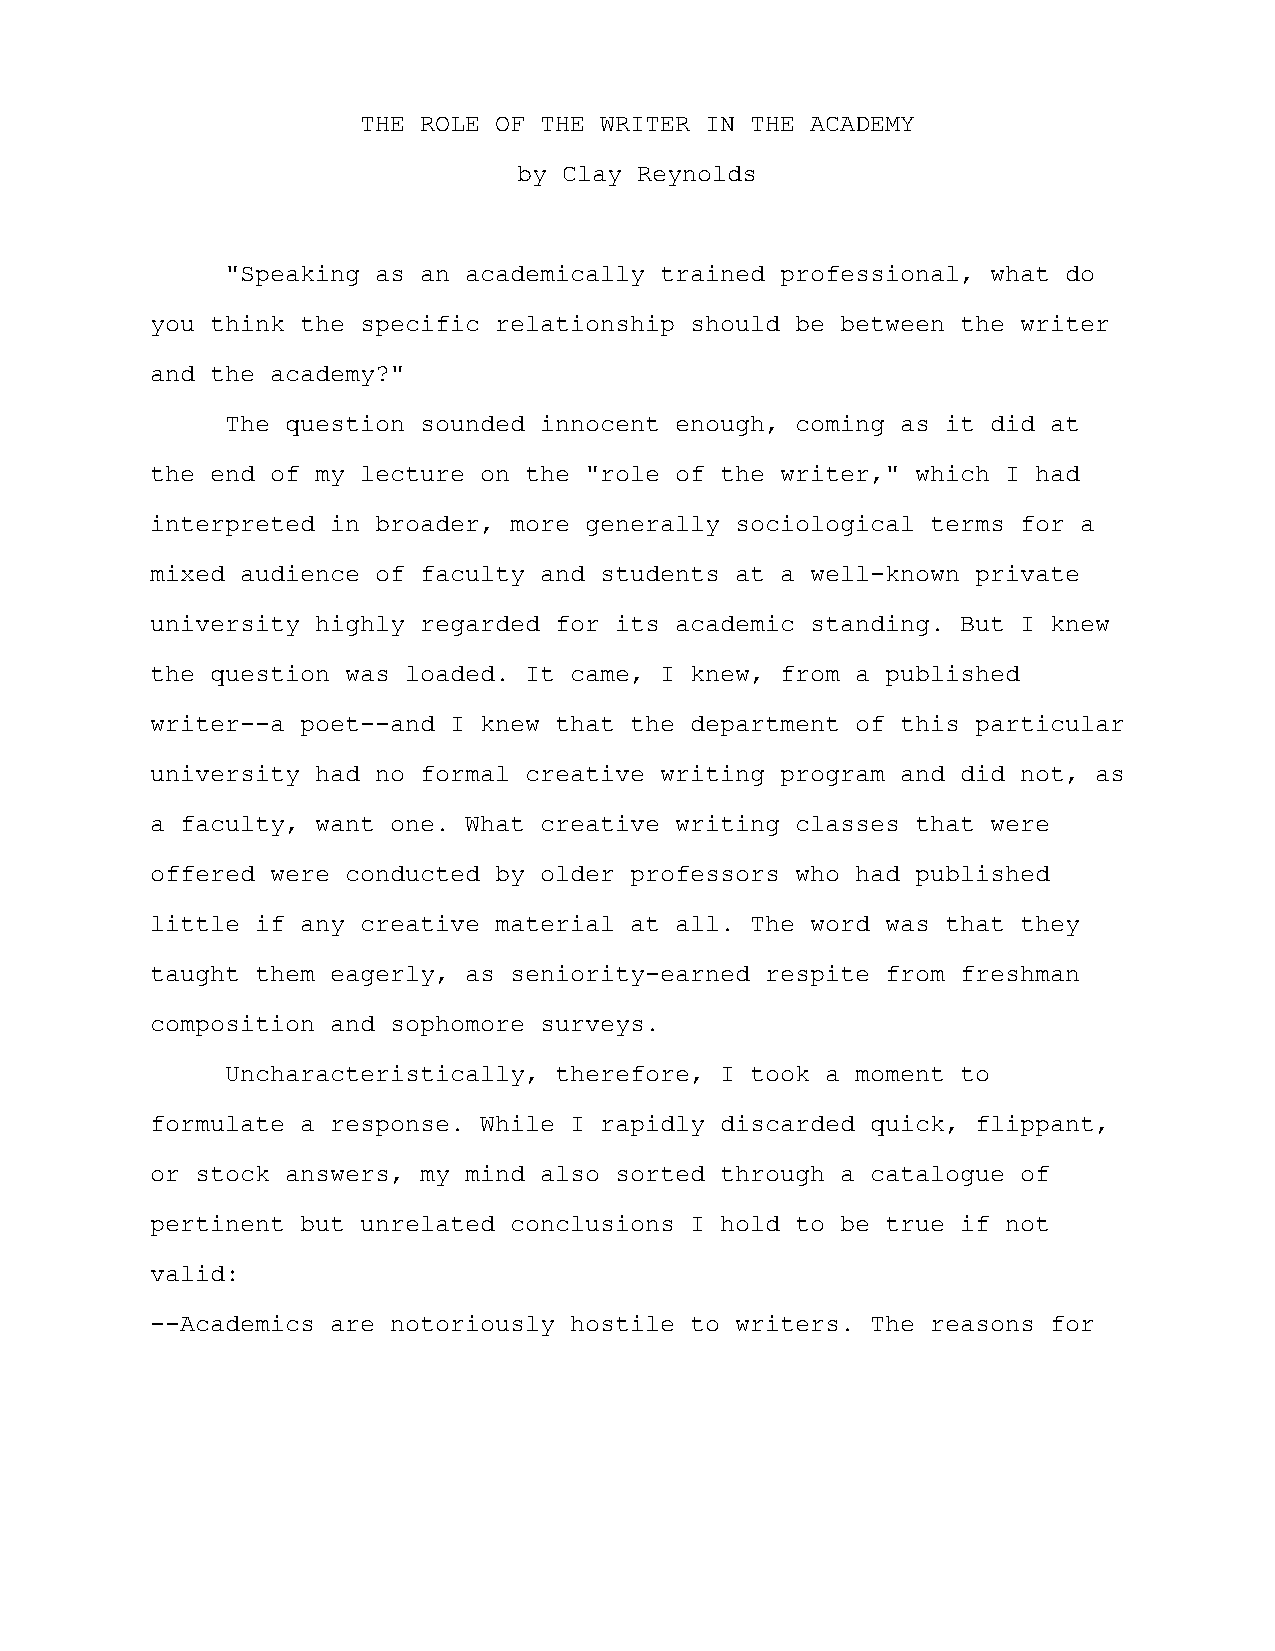
THE ROLE OF THE WRITER IN THE ACADEMY
 by Clay Reynolds
 "Speaking as an academically trained professional, what do
 you think the specific relationship should be between the writer
 and the academy?"
 The question sounded innocent enough, coming as it did at
 the end of my lecture on the "role of the writer," which I had
 interpreted in broader, more generally sociological terms for a
 mixed audience of faculty and students at a well-known private
 university highly regarded for its academic standing. But I knew
 the question was loaded. It came, I knew, from a published
 writer--a poet--and I knew that the department of this particular
 university had no formal creative writing program and did not, as
 a faculty, want one. What creative writing classes that were
 offered were conducted by older professors who had published
 little if any creative material at all. The word was that they
 taught them eagerly, as seniority-earned respite from freshman
 composition and sophomore surveys.
 Uncharacteristically, therefore, I took a moment to
 formulate a response. While I rapidly discarded quick, flippant,
 or stock answers, my mind also sorted through a catalogue of
 pertinent but unrelated conclusions I hold to be true if not
 valid:
 --Academics are notoriously hostile to writers. The reasons for